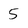
Character: 5